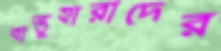
বাস্তুহারাদের